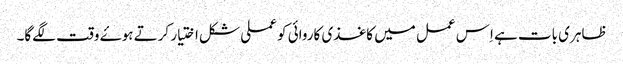
ظاہری بات ہے اِس عمل میں کاغذی کاروائی کو عملی شکل اختیار کرتے ہوۓ وقت لگےگا۔